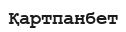
Қартпанбет